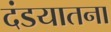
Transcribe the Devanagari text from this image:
दंडयातना